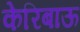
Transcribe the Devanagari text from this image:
केरिबाऊ